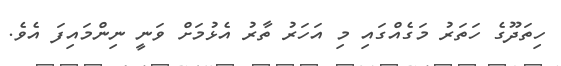
ހިތަދޫގެ ހަތަރު މަގެއްގައި މި އަހަރު ތާރު އެޅުމަށް ވަނީ ނިންމައިފަ އެވެ.